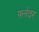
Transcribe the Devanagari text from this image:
फ़्लेवर